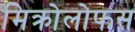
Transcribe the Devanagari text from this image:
मिक्रोलोफस